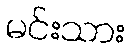
မင်းသား